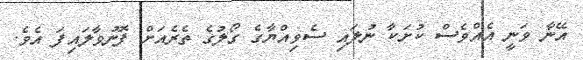
އޭނާ ވަނީ އެއްވެސް ކުށަކާ ނުލައި ސެވިއްޔާގެ ގޯލުގެ ތެރެއަށް ފޮނުވާލައިފަ އެވެ.